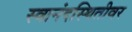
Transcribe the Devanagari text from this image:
स्वानंदस्थितीवर